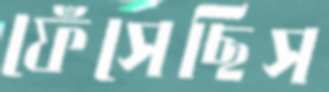
ফেঁসেছিস